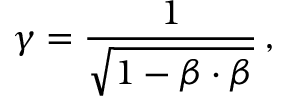
\gamma = { \frac { 1 } { \sqrt { 1 - { \boldsymbol { \beta } } \cdot { \boldsymbol { \beta } } } } } \, ,